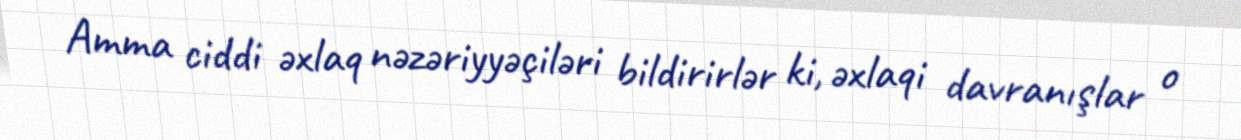
Amma ciddi əxlaq nəzəriyyəçiləri bildirirlər ki, əxlaqi davranışlar o